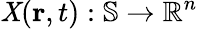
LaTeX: \mathit{X}(\mathbf{{r}},t):\mathbb{{S}}\rightarrow\mathbb{{R}}^{n}